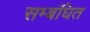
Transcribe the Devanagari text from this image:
सम्बंघित